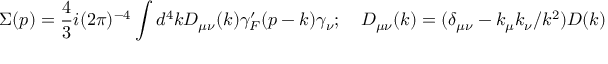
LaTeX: \Sigma ( p ) = { \frac { 4 } { 3 } } i ( 2 \pi ) ^ { - 4 } \int d ^ { 4 } k D _ { \mu \nu } ( k ) \gamma _ { F } ^ { \prime } ( p - k ) \gamma _ { \nu } ; \quad D _ { \mu \nu } ( k ) = ( \delta _ { \mu \nu } - k _ { \mu } k _ { \nu } / k ^ { 2 } ) D ( k )